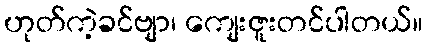
ဟုတ်ကဲ့ခင်ဗျာ၊ ကျေးဇူးတင်ပါတယ်။